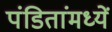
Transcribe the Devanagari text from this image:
पंडितांमध्यें